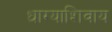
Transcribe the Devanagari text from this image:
धाग्याशिवाय